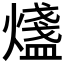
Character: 𤐒